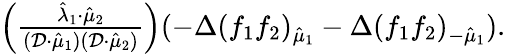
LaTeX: \begin{array}{r}{\left(\frac{\hat{\lambda}_{1}\cdot\hat{\mu}_{2}}{(\mathcal{D}\cdot\hat{\mu}_{1})(\mathcal{D}\cdot\hat{\mu}_{2})}\right)(-\Delta(f_{1}f_{2})_{\hat{\mu}_{1}}-\Delta(f_{1}f_{2})_{-\hat{\mu}_{1}}).}\end{array}